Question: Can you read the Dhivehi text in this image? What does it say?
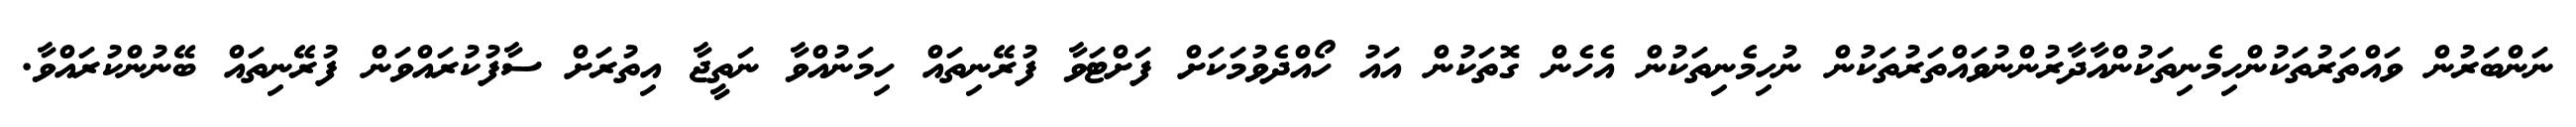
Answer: ނަންބަރުން ވައްތަރުތަކުންހިމެނިތަކުންއާދާރުންނުވައްތަރުތަކުން ނުހިމެނިތަކުން އެހެން ގޮތަކުން އައު ހޯއްދެވުމަކަށް ފަށްޓަވާ ފުރޭނިތައް ހިމަނުއްވާ ނަތީޖާ އިތުރަށް ސާފުކުރައްވަން ފުރޭނިތައް ބޭނުންކުރައްވާ.